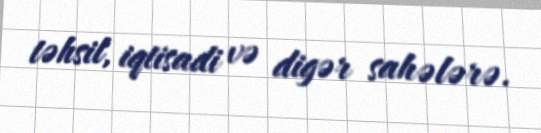
təhsil, iqtisadi və digər sahələrə.